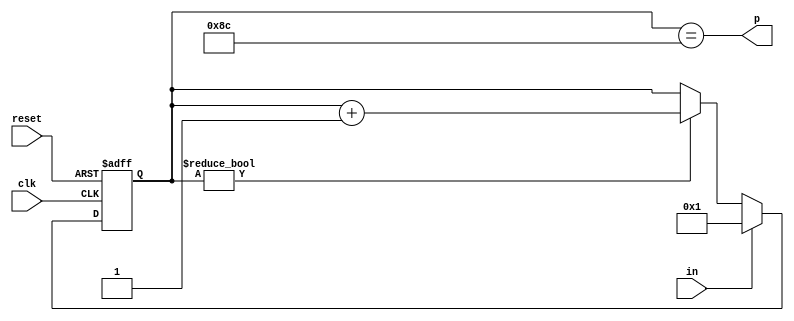
module dly2_8us(input clk, input reset, input in, output p);
	reg [8-1:0] r;
	always @(posedge clk or posedge reset) begin
		if(reset)
			r <= 0;
		else begin
			if(r)
				r <= r + 8'b1;
			if(in)
				r <= 1;
		end
	end
	assign p = r == 140;
endmodule